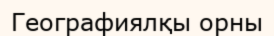
Географиялқы орны